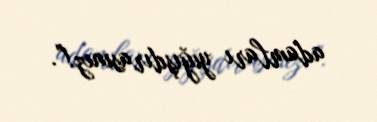
adamları yığışdırasınız!”.